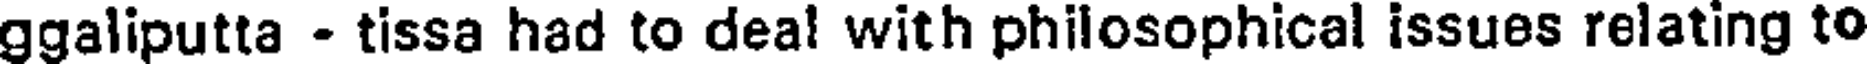
ggaliputta - tissa had to deal with philosophical issues relating to